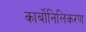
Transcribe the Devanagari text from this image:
कार्बोनिलिकरण